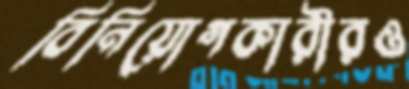
বিনিয়োগকারীরও